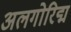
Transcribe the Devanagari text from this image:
अलगोरिद्म